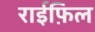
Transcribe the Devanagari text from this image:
राईफ़िल